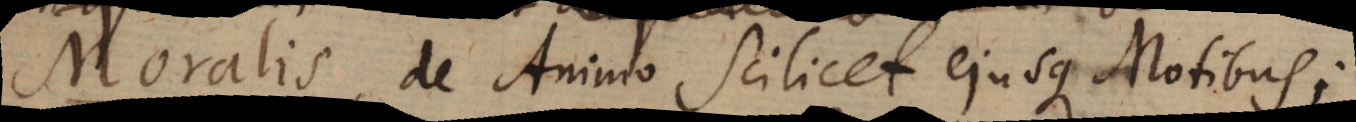
Moralis, de Animo Scilicet ejusque Motibus;